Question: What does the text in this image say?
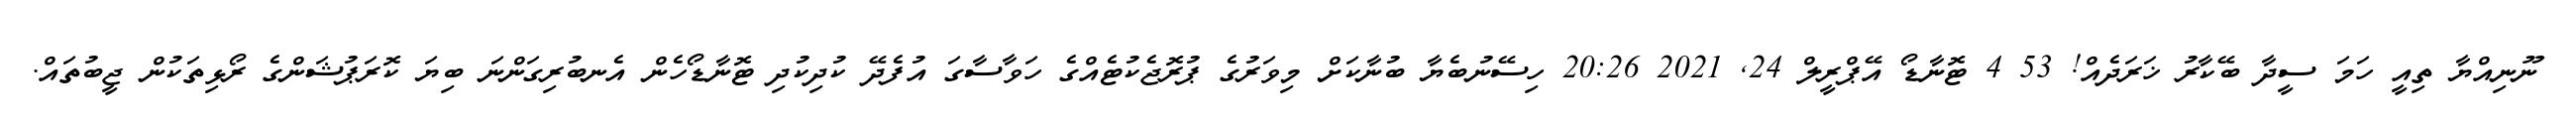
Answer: ނޫނިއްޔާ ތިއީ ހަމަ ސީދާ ބޭކާރު ޚަރަދެއް! 53 4 ޓޮނާޑޯ އޭޕްރީލް 24, 2021 20:26 ހިސޭނުބެޔާ ބުނާކަށް މިވަރުގެ ޕުރޮޖެކުޓެއްގެ ހަވާސާގަ އުފެދޭ ކުދިކުދި ޓޮނާޑޯހެން އެނބުރިގަންނަ ބިޔަ ކޮރަޕުޝަންގެ ރޯޅިތަކުން ޖީބުތައް.